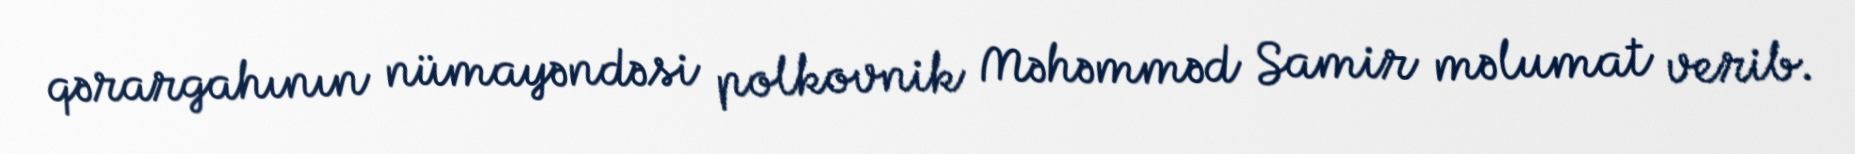
qərargahının nümayəndəsi polkovnik Məhəmməd Samir məlumat verib.